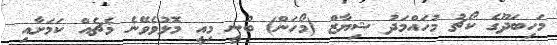
މަހިބަދޫގެ ކޯޗު މުހައްމަދު ޝިޔާޒް (މޯހަން) ބުނީ މިއީ މޮޅުވެވޭނެ މެޗެއް ކަމަށާއި